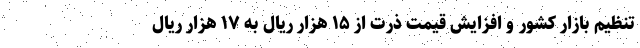
تنظیم بازار کشور و افزایش قیمت ذرت از ۱۵ هزار ریال به ۱۷ هزار ریال